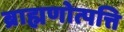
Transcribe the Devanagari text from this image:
ब्राह्मणोत्पत्ति